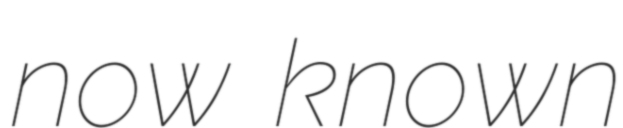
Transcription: now known